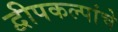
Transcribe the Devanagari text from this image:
द्वीपकल्पांचे